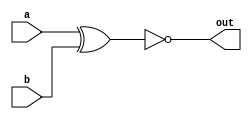
module top_module( 
    input a, 
    input b, 
    output out );
    wire t;
    xnor (t,a,b);
assign out = t;
endmodule